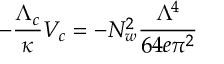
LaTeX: - \frac { \Lambda _ { c } } { \kappa } V _ { c } = - N _ { w } ^ { 2 } \frac { \Lambda ^ { 4 } } { 6 4 e \pi ^ { 2 } }